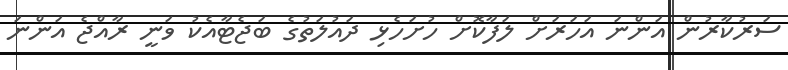
ސަރުކާރުން އަންނަ އަހަރަށް ލަފާކޮށް ހުށަހެޅި ދައުލަތުގެ ބަޖެޓާއެކު ވަނީ ރާއްޖެ އަންނަ